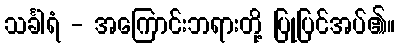
သင်္ခါရံ - အကြောင်းဘရားတို့ ပြုပြင်အပ်၏။